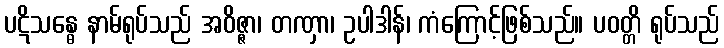
ပဋိသန္ဓေ နာမ်ရုပ်သည် အဝိဇ္ဇာ၊ တဏှာ၊ ဥပါဒါန်၊ ကံကြောင့်ဖြစ်သည်။ ပဝတ္တိ ရုပ်သည်